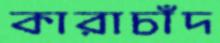
কারাচাঁদ